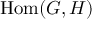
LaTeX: { \mathrm { H o m } } ( G , H )